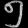
Digit: ၅